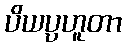
ပိယပ္ပဟူတာ